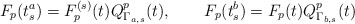
\begin{align*}F_p(t_s^a)=F_p^{(s)}(t)Q_{\Gamma_{a,s}}^p(t),\qquad F_p(t_s^b)=F_p(t)Q_{\Gamma_{b,s}}^p(t)\end{align*}